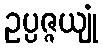
ဥပ္ပဇ္ဇယျုံ